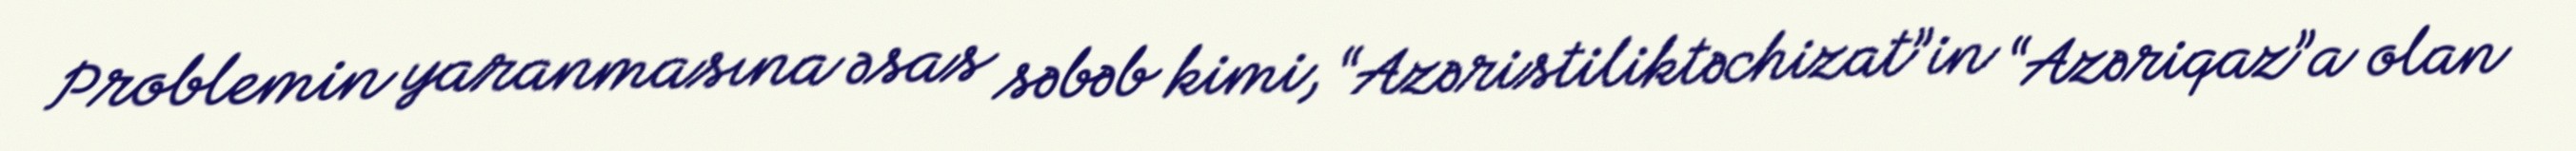
Problemin yaranmasına əsas səbəb kimi, “Azəristiliktəchizat”in “Azəriqaz”a olan